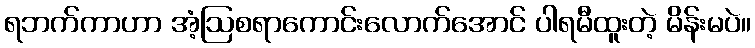
ရဘက်ကာဟာ အံ့ဩစရာကောင်းလောက်အောင် ပါရမီထူးတဲ့ မိန်းမပဲ။